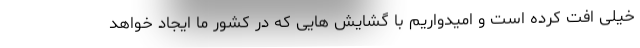
خیلی افت کرده است و امیدواریم با گشایش هایی که در کشور ما ایجاد خواهد